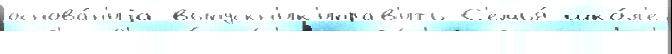
основа́н'иjа выпускн'ик'иправ'ить С'емья́ шко́л'е